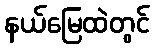
နယ်မြေထဲတွင်